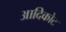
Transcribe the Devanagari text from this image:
आदिकोट